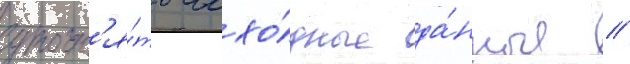
уточн'я́ть исхо́дные да́нные //